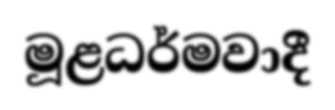
මූළධර්මවාදී